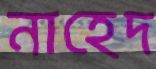
নাহেদ